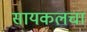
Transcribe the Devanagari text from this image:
सायकलचा